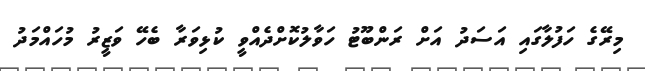
މިރޭގެ ހަފުލާގައި އަސަދު އަށް ރަންބޫޓު ހަވާލުކޮށްދެއްވީ ކުޅިވަރާ ބެހޭ ވަޒީރު މުހައްމަދު